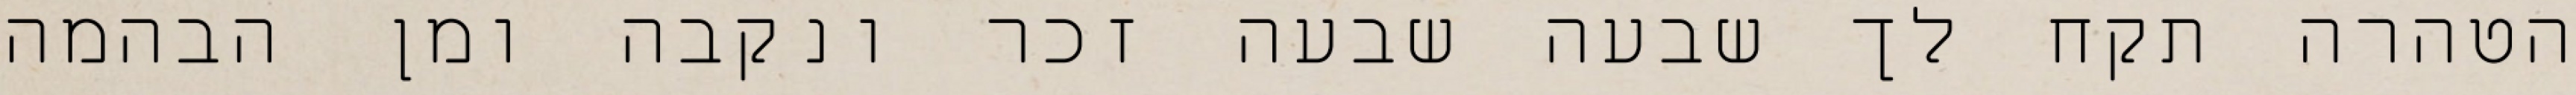
הטהרה תקח לך שבעה שבעה זכר ונקבה ומן הבהמה